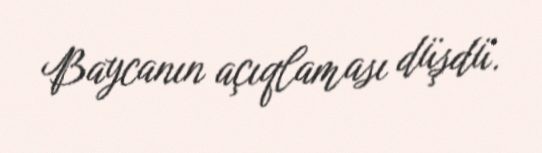
Baycanın açıqlaması düşdü.